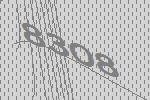
8308